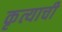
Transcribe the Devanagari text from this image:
कृत्याची